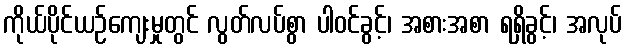
ကိုယ်ပိုင်ယဉ်ကျေးမှုတွင် လွတ်လပ်စွာ ပါဝင်ခွင့်၊ အစားအစာ ရရှိခွင့်၊ အလုပ်